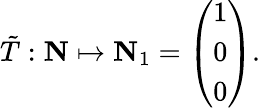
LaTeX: {\tilde{T}}:{\mathbf N}\mapsto{\mathbf N}_{1}=\left(\begin{array}{c}{{1}}\\ {{0}}\\ {{0}}\end{array}\right).